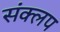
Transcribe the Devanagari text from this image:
संक्लप